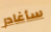
سأغادر